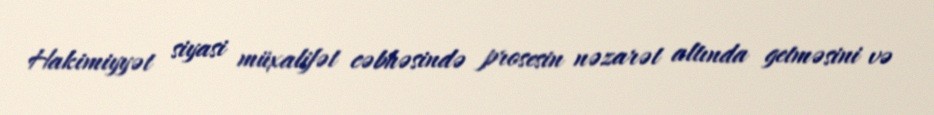
Hakimiyyət siyasi müxalifət cəbhəsində prosesin nəzarət altında getməsini və